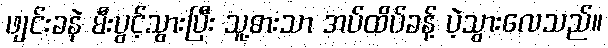
ဖျင်းခနဲ မီးပွင့်သွားပြီး သူ့ဓားသာ အပ်ထိပ်ခန့် ပဲ့သွားလေသည်။